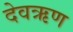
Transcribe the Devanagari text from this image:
देवऋण